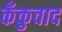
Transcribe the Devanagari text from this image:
कँकुवाद